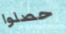
حصلوا